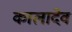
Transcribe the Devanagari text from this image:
कालादेव